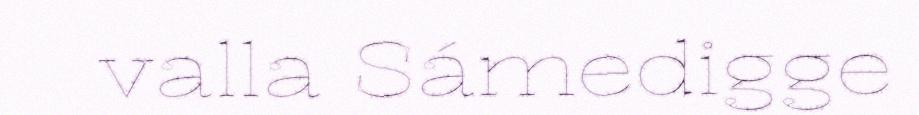
valla Sámedigge